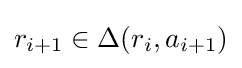
r_{i+1}\in \Delta (r_{i},a_{i+1})